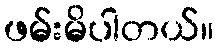
ဖမ်းမိပါတယ်။